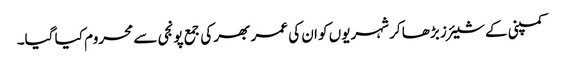
کمپنی کے شیئرز بڑھا کر شہریوں کو ان کی عمر بھر کی جمع پونجی سے محروم کیا گیا۔